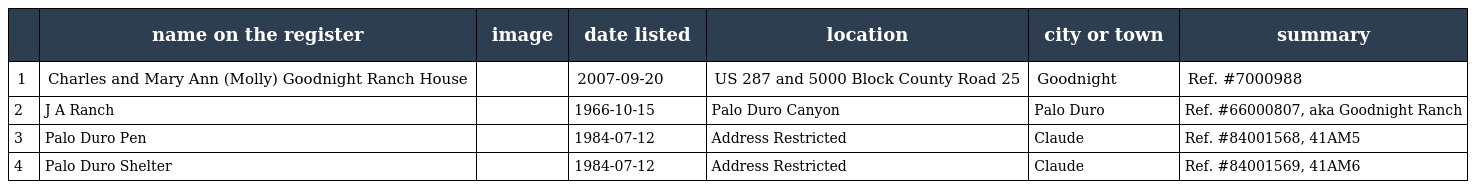
|  | name on the register | image | date listed | location | city or town | summary |
 | --- | --- | --- | --- | --- | --- | --- |
 | 1 | Charles and Mary Ann (Molly) Goodnight Ranch House |  | 2007-09-20 | US 287 and 5000 Block County Road 25 | Goodnight | Ref. #7000988 |
 | 2 | J A Ranch |  | 1966-10-15 | Palo Duro Canyon | Palo Duro | Ref. #66000807, aka Goodnight Ranch |
 | 3 | Palo Duro Pen |  | 1984-07-12 | Address Restricted | Claude | Ref. #84001568, 41AM5 |
 | 4 | Palo Duro Shelter |  | 1984-07-12 | Address Restricted | Claude | Ref. #84001569, 41AM6 |